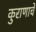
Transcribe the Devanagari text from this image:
कुराणाचें